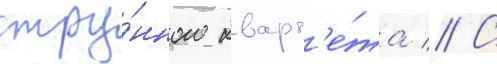
стру́нного кварт'е́та // С